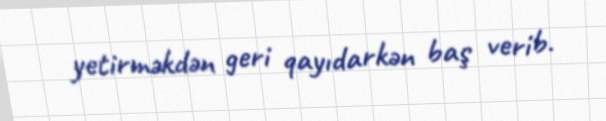
yetirməkdən geri qayıdarkən baş verib.